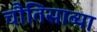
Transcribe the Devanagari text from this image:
चौतिसाव्या